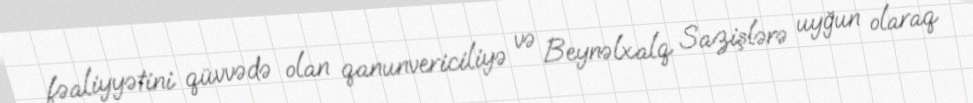
fəaliyyətini qüvvədə olan qanunvericiliyə və Beynəlxalq Sazişlərə uyğun olaraq